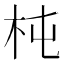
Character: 杶